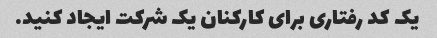
یک کد رفتاری برای کارکنان یک شرکت ایجاد کنید.